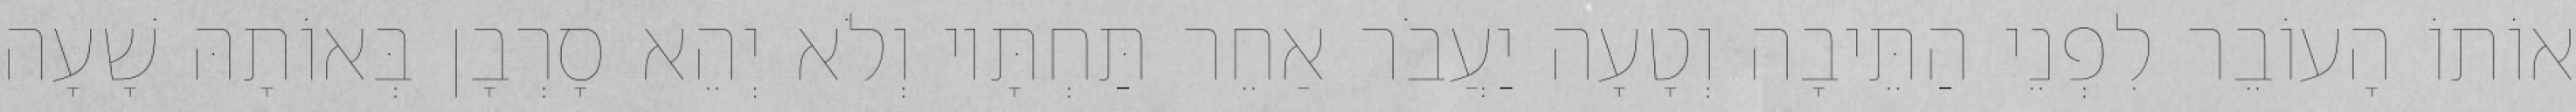
אוֹתוֹ הָעוֹבֵר לִפְנֵי הַתֵּיבָה וְטָעָה יַעֲבֹר אַחֵר תַּחְתָּיו וְלֹא יְהֵא סָרְבָן בְּאוֹתָהּ שָׁעָה